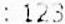
: 123